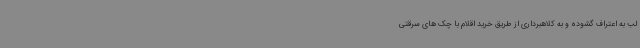
لب به اعتراف گشوده و به کلاهبرداری از طریق خرید اقلام با چک های سرقتی